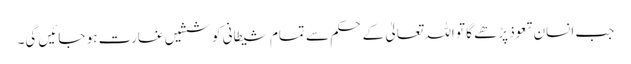
جب انسان تعوذ پڑھے گا تو اللہ تعالیٰ کے حکم سے تمام شیطانی کوششیں غارت ہو جائیں گی۔